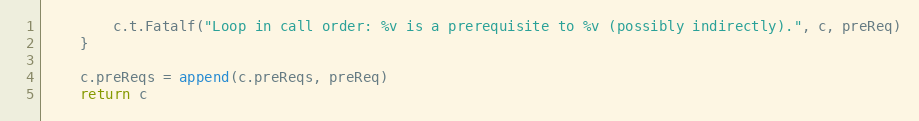
Language: Go
		c.t.Fatalf("Loop in call order: %v is a prerequisite to %v (possibly indirectly).", c, preReq)
	}

	c.preReqs = append(c.preReqs, preReq)
	return c